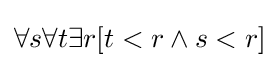
\forall s\forall t\exists r[t<r\land s<r]